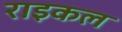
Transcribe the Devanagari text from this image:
राइकल